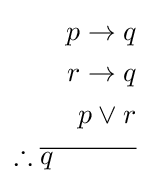
{\begin{aligned}p\rightarrow q\\r\rightarrow q\\p\vee r\\\therefore {\overline {q\quad \quad \quad }}\\\end{aligned}}